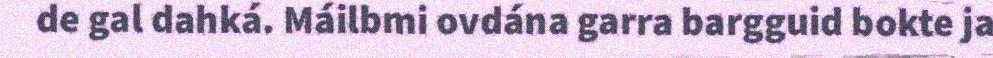
de gal dahká. Máilbmi ovdána garra bargguid bokte ja